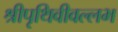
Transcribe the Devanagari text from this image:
श्रीपृथिवीवल्लभ